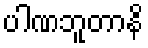
ပါဏဘူတာနိ